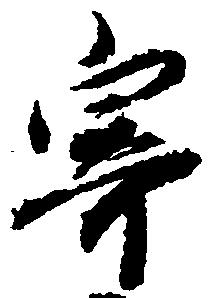
寄